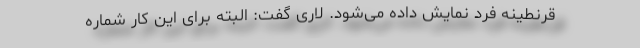
قرنطینه فرد نمایش داده می‌شود. لاری گفت: البته برای این کار شماره